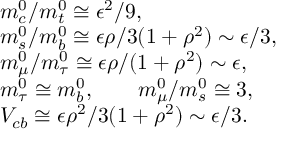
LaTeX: \begin{array} { l } { { m _ { c } ^ { 0 } / m _ { t } ^ { 0 } \cong \epsilon ^ { 2 } / 9 , } } \\ { { m _ { s } ^ { 0 } / m _ { b } ^ { 0 } \cong \epsilon \rho / 3 ( 1 + \rho ^ { 2 } ) \sim \epsilon / 3 , } } \\ { { m _ { \mu } ^ { 0 } / m _ { \tau } ^ { 0 } \cong \epsilon \rho / ( 1 + \rho ^ { 2 } ) \sim \epsilon , } } \\ { { m _ { \tau } ^ { 0 } \cong m _ { b } ^ { 0 } , \qquad m _ { \mu } ^ { 0 } / m _ { s } ^ { 0 } \cong 3 , } } \\ { { V _ { c b } \cong \epsilon \rho ^ { 2 } / 3 ( 1 + \rho ^ { 2 } ) \sim \epsilon / 3 . } } \end{array}